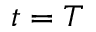
t = T